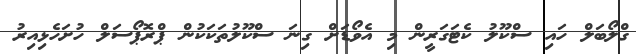
ގްލޯބަލް ހައި ސްކޫލު ކެޓަގަރީން މި އެވޯޑަށް ގިނަ ސްކޫލުތަކަކުން ޕްރޮޕޯސަލް ހުށަހެޅިއިރު